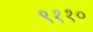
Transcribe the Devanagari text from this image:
९११०